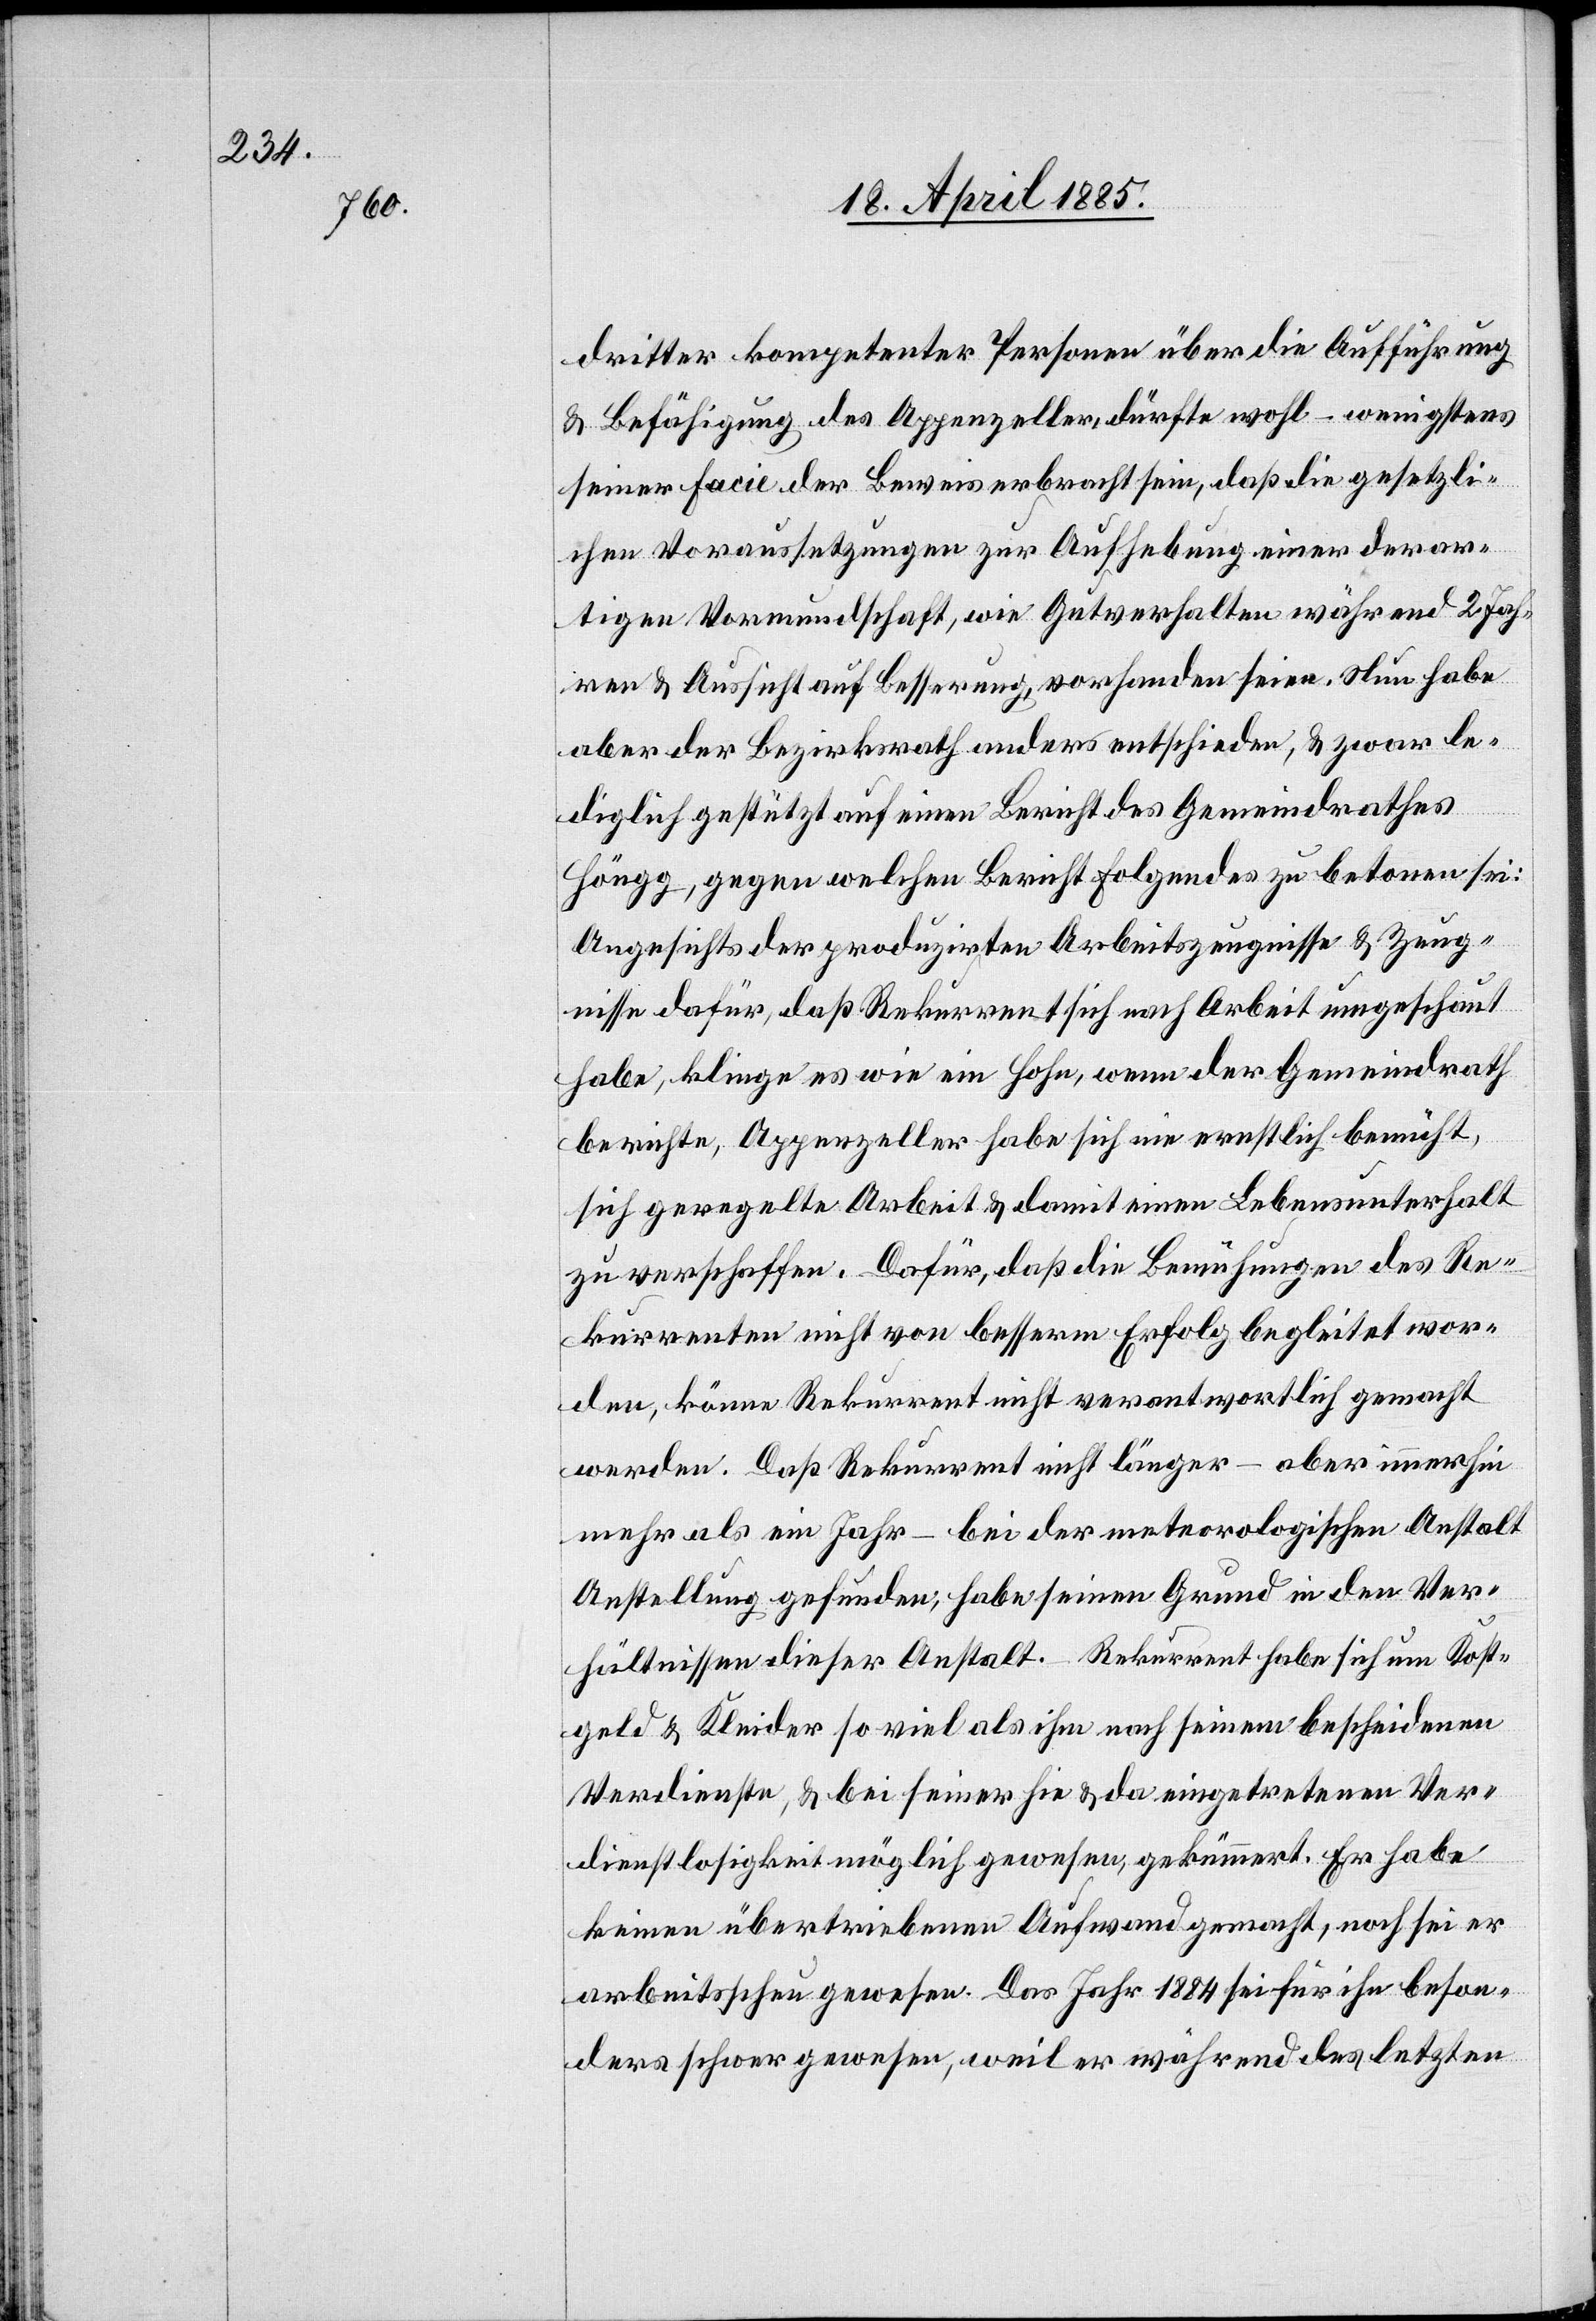
dritter kompetenter Personen über die Aufführung
& Befähigung des Appenzeller dürfte wohl – wenigstens
seiner Facie der Beweis erbracht sein, daß die gesetzli¬
chen Voraussetzungen zur Aufhebung einer derar¬
tigen Vormundschaft, wie Gutverhalten während 2 Jah¬
ren & Aussicht auf Besserung, vorhanden seien. Nun habe
aber der Bezirksrath anders entschieden, & zwar le¬
diglich gestützt auf einen Bericht des Gemeindrathes
Höngg, gegen welchen Bericht folgendes zu betonen sei:
Angesichts der produzirten Arbeitszeugnisse & Zeug¬
nisse dafür, daß Rekurrent sich nach Arbeit umgeschaut
habe, klinge es wie ein Hohn, wenn der Gemeindrath
berichte, Appenzeller habe sich nie ernstlich bemüht,
geregelte Arbeit & damit einen Lebensunterhalt
zu verschaffen. Dafür, daß die Bemühungen des Re¬
kurrenten nicht von besserm Erfolg begleitet wor¬
den, könne Rekurrent nicht verantwortlich gemacht
werden. Daß Rekurrent nicht länger – aber immerhin
mehr als ein Jahr – bei der meteorologischen Anstalt
Anstellung gefunden; habe seinen Grund in den Ver¬
hältnissen dieser Anstalt. Rekurrent habe sich um Kost¬
geld & Kleider so viel als ihm nach seinem bescheidenen
Verdienste, & bei seiner hie & da eingetretenen Ver¬
dienstlosigkeit möglich gewesen, gekümmert. Er habe
keinen übertriebenen Aufwand gemacht, noch sei er
arbeitsscheu gewesen. Das Jahr 1884 sei für ihn beson¬
ders schwer gewesen, weil er während des letzten